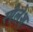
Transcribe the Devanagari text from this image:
स्पैलेश